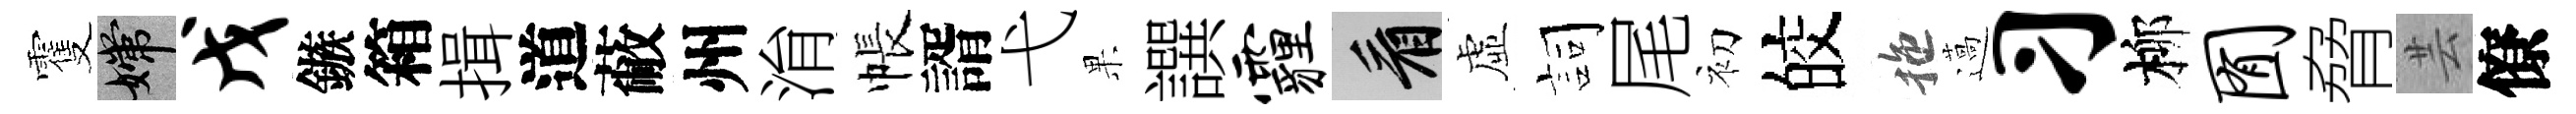
䨥嫦戊鏃箱揖道蔽州㳙帳諝弋果譔霾看虛詞尾初皎拖薖习柳囿脅芸僚